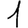
Digit: 1